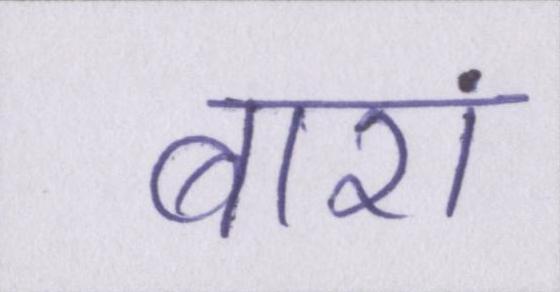
बारां